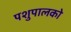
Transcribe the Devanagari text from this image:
पशुपालको